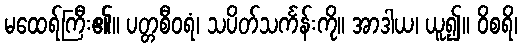
မထေရ်ကြီး၏။ ပတ္တစီဝရံ၊ သပိတ်သင်္ကန်းကို။ အာဒါယ၊ ယူ၍။ ဝိစရိ၊